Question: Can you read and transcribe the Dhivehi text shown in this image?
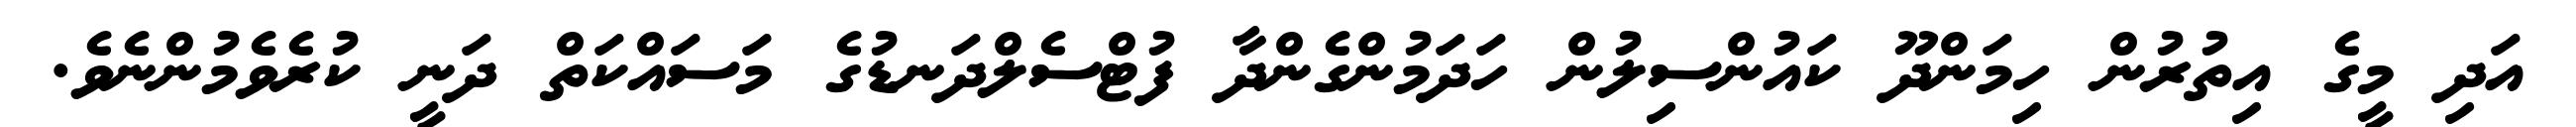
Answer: އަދި މީގެ އިތުރުން ހިމަންދޫ ކައުންސިލުން ހަދަމުންގެންދާ ފުޓްސެލްދަނޑުގެ މަސައްކަތް ދަނީ ކުރެވެމުންނެވެ.